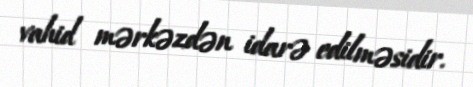
vahid mərkəzdən idarə edilməsidir.